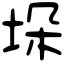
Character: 垛